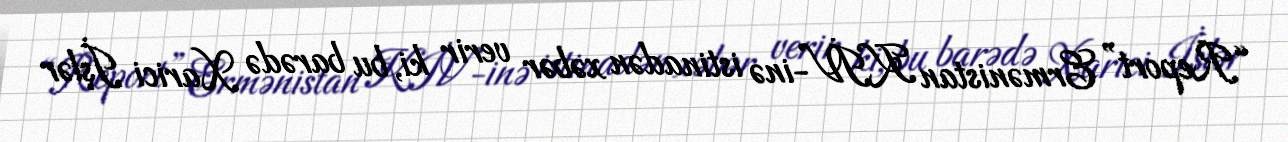
“Report” Ermənistan KİV-inə istinadən xəbər verir ki, bu barədə Xarici İşlər